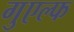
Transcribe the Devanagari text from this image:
गुएल्फ